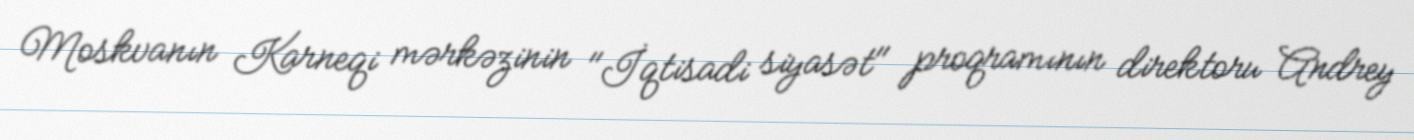
Moskvanın Karneqi mərkəzinin "İqtisadi siyasət" proqramının direktoru Andrey